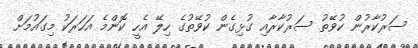
ސަރުކާރުން ކުވޭތު ސަރުކާރާއި ގުޅިގެން ކުވޭތުގެ ހިލޭ އެހީ ކޮންމެ އަހަރަކު މިގައުމަށް